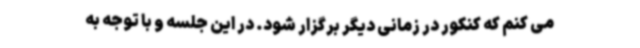
می کنم که کنکور در زمانی دیگر برگزار شود. در این جلسه و با توجه به